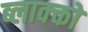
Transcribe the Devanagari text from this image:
ब्लाक्क्तों